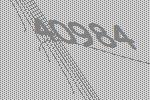
40984